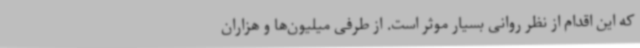
که این اقدام از نظر روانی بسیار موثر است. از طرفی میلیون‌ها و هزاران